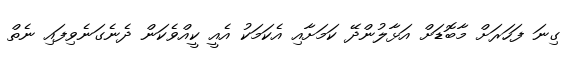
ގިނަ ފަހަރަށް މާބޮޑަށް އަޅާލުންދޭ ކަމަށާއި އެކަމަކު އެއީ ކީއްވެކަން ދެނެގަނެވިފައި ނެތް